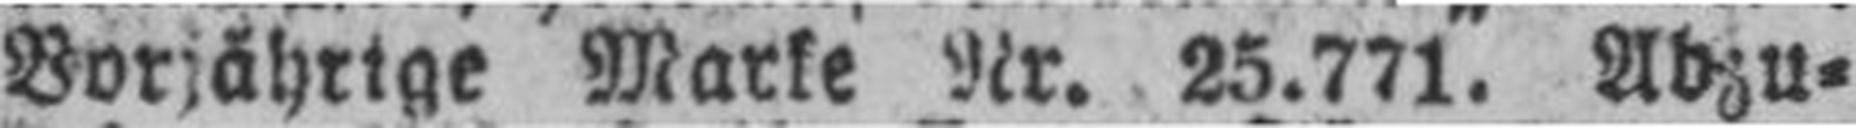
Vorjährige Marke Nr. 25.771. Abzu¬